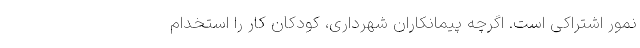
نمور اشتراکی است. اگرچه پیمانکاران شهرداری، کودکان کار را استخدام